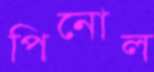
পিনোল